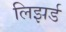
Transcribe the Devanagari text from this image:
लिझर्ड